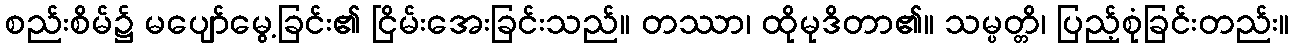
စည်းစိမ်၌ မပျော်မွေ့ခြင်း၏ ငြိမ်းအေးခြင်းသည်။ တဿာ၊ ထိုမုဒိတာ၏။ သမ္ပတ္တိ၊ ပြည့်စုံခြင်းတည်း။